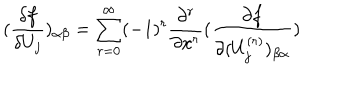
LaTeX: ( \frac { \delta f } { \delta U _ { j } } ) _ { \alpha \beta } = \sum _ { r = 0 } ^ { \infty } ( - 1 ) ^ { r } \frac { \partial ^ { r } } { \partial x ^ { r } } ( \frac { \partial f } { \partial ( U _ { j } ^ { ( r ) } ) _ { \beta \alpha } } )